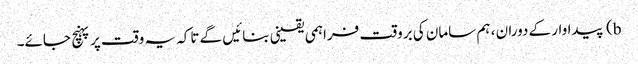
b) پیداوار کے دوران ، ہم سامان کی بروقت فراہمی یقینی بنائیں گے تاکہ یہ وقت پر پہنچ جائے۔